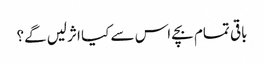
باقی تمام بچے اس سے کیا اثرلیں گے؟